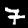
Label: 7